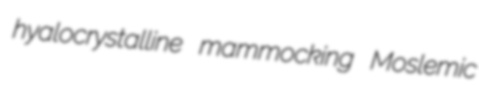
hyalocrystalline mammocking Moslemic